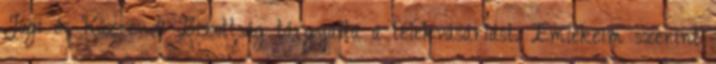
Jogi és Közrendi Bizottság tárgyalta a telekvásárlást. Emlékeim szerint